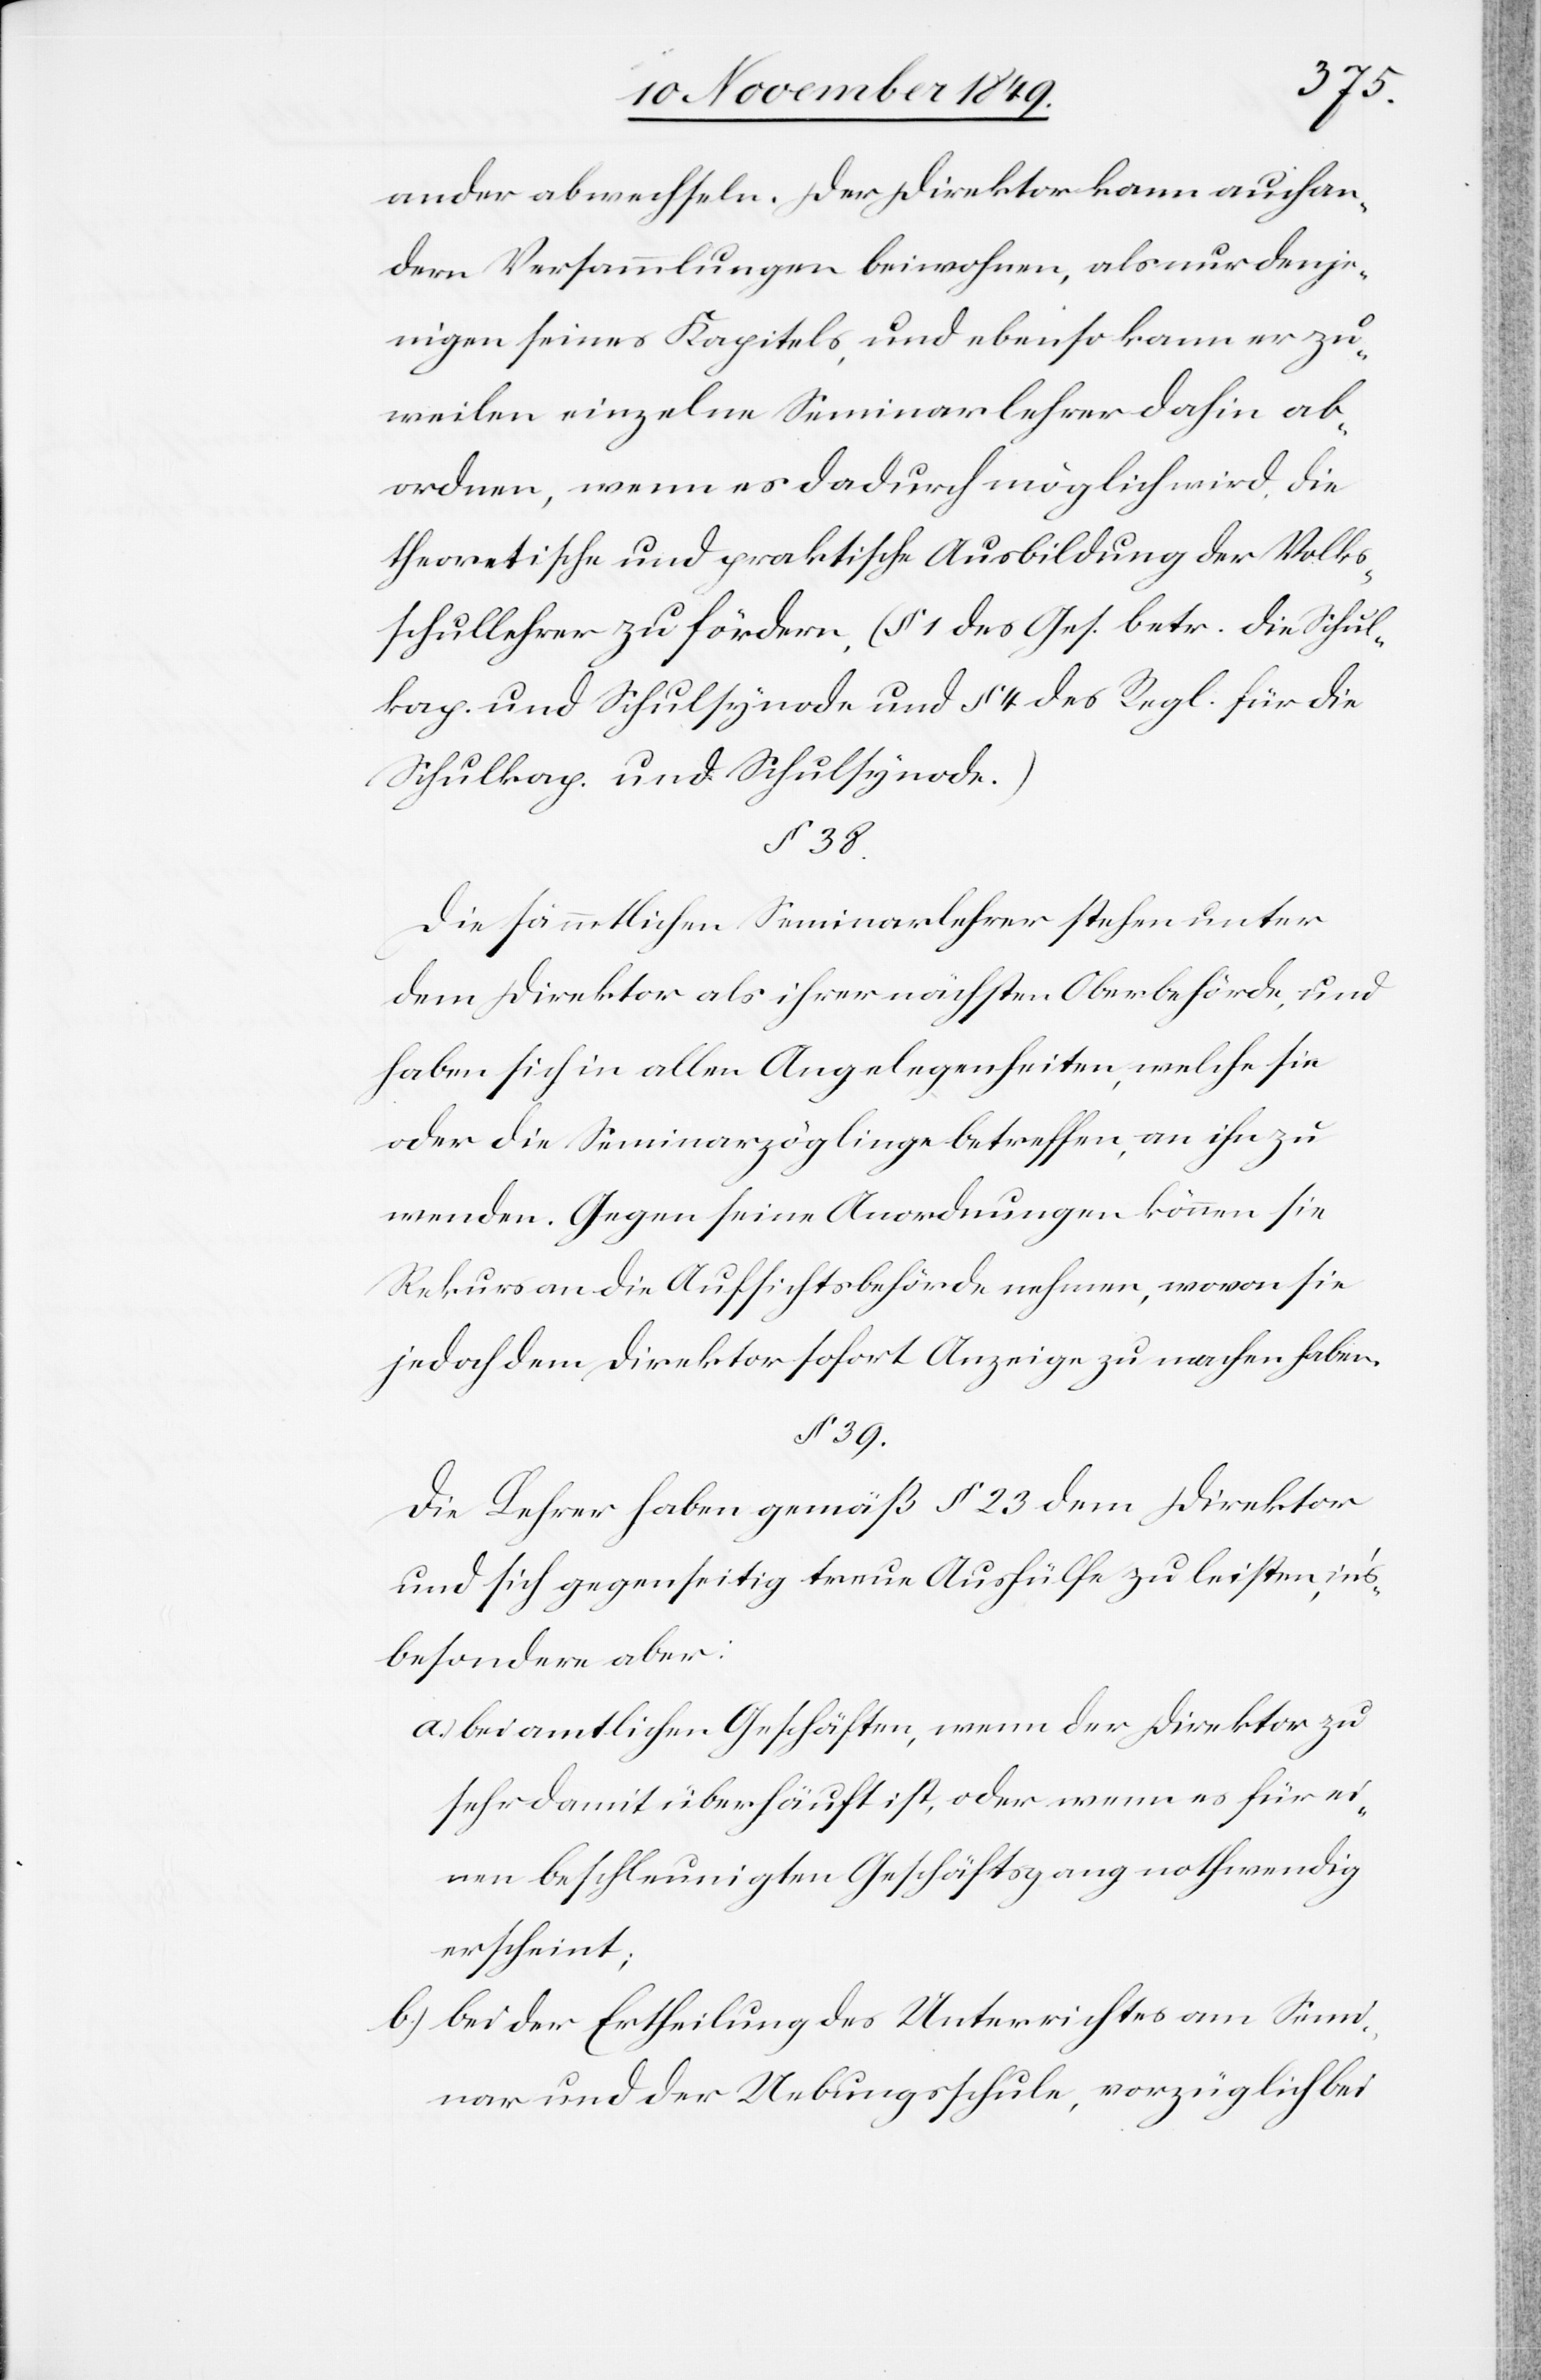
ander abwechseln. Der Direktor kann auch an¬
dern Versammlungen beiwohnen, als nur denje¬
nigen seines Kapitels, und ebenso kann er zu¬
weilen einzelne Seminarlehrer dahin ab¬
ordnen, wenn es dadurch möglich wird, die
theoretische und praktische Ausbildung der Volks¬
schullehrer zu fördern. (§ 1 des Ges. betr. die Schul¬
kap. und Schulsynode und § 4 des Regl. für die
Schulkap. und Schulsynode.)
§ 38.
Die sämmtlichen Seminarlehrer stehen unter
dem Direktor als ihrer nächsten Oberbehörde, und
haben sich in allen Angelegenheiten, welche sie
oder die Seminarzögling betreffen, an ihn zu
wenden. Gegen seine Anordnungen können sie
Rekurs an die Aufsichtsbehörde nehmen, wovon sie
jedoch dem Direktor sofort Anzeige zu machen haben.
§ 39.
Die Lehrer haben gemäß § 23 dem Direktor
und sich gegenseitig treue Aushülfe zu leisten, in’s
besondere aber:
a) bei amtlichen Geschäften, wenn der Direktor zu
sehr damit überhäuft ist, oder wenn es für ei¬
nen beschleunigten Geschäftsgang nothwendig
erscheint;
b.) bei der Ertheilung des Unterrichtes am Semi¬
nar und der Uebungsschule, vorzüglich bei